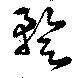
蹔